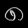
Digit: ၈